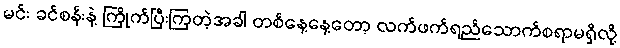
မင်း ခင်စန်းနဲ့ ကြိုက်ပြီးကြတဲ့အခါ တစ်နေ့နေ့တော့ လက်ဖက်ရည်သောက်စရာမရှိလို့